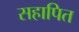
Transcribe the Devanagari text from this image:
सहापित